Lock hospitals Punjab
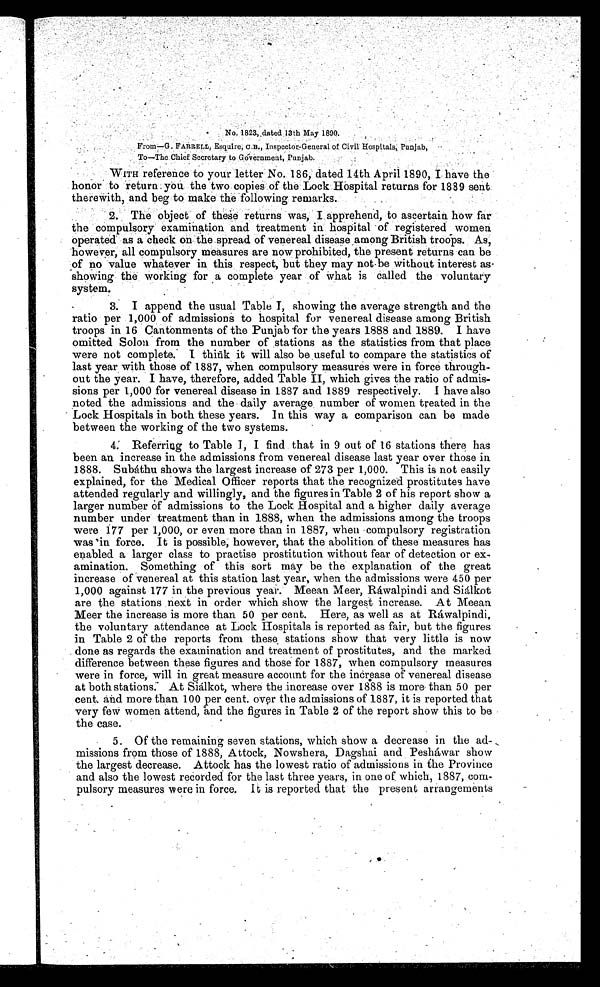
No. 1823, dated 13th May 1890.
From—G. FARRELL, Esquire, C.B., Inspector-General of Civil Hospitals, Punjab,
To—The Chief Secretary to Government, Punjab.
WITH reference to your letter No. 186, dated 14th April 1890, I have the
honor to return you the two copies of the Lock Hospital returns for 1889 sent
therewith, and beg to make the following remarks.
2. The object of these returns was, I apprehend, to ascertain how far
the compulsory examination and treatment in hospital of registered women
operated as a check on the spread of venereal disease among British troops. As,
however, all compulsory measures are now prohibited, the present returns can be
of no value whatever in this respect, but they may not-be without interest as
showing the working for a complete year of what is called the voluntary
system.
3.
I append the usual Table I, showing the average strength and the
ratio per 1,000 of admissions to hospital for venereal disease among British
troops in 16 Cantonments of the Punjab for the years 1888 and 1889. I have
omitted Solon from the number of stations as the statistics from that place
were not cornplete. I think it will also be useful to compare the statistics of
last year with those of 1887, when compulsory measures were in force through-
out the year. I have, therefore, added Table II , which gives the ratio of admis-
sions per 1,000 for venereal disease in 1887 and 1889 respectively. I have also
noted the admissions and the daily average number of women treated in the
Lock Hospitals in both these years. In this way a comparison can be made
between the working of the two systems.
4. Referring to Table I, I find that in 9 out of 16 stations there has
been an increase in the admissions from venereal disease last year over those in
1888. Subáthu shows the largest increase of 273 per 1,000. This is not easily
explained, for the Medical Officer reports that the recognized prostitutes have
attended regularly and willingly, and the figures in Table 2 of his report show a
larger number of admissions to the Lock Hospital and a higher daily average
number under treatment than in 1888, when the admissions among the troops
were 177 per 1,000, or even more than in 1887, when compulsory registration
was in force. It is possible, however, that the abolition of these measures has
enabled a larger class to practise prostitution without fear of detection or ex-
amination. Something of this sort may be the explanation of the great
increase of venereal at this station last year, when the admissions were 450 per
1,000 against 177 in the previous year. Meean Meer, Ráwalpindi and Siálkot
are the stations next in order which show the largest increase. At Meean
Meer the increase is more than 50 per cent. Here, as well as at Ráwalpindi,
the voluntary attendance at Lock Hospitals is reported as fair, but the figures
in Table 2 of the reports from these stations show that very little is now
done as regards the examination and treatment of prostitutes, and the marked
difference between these figures and those for 1887, when compulsory measures
were in force, will in great measure account for the increase of venereal disease
at both stations. At Siálkot, where the increase over 1888 is more than 50 per
cent. and more than 100 per cent. over the admissions of 1887, it is reported that
very few women attend, and the figures in Table 2 of the report show this to be
the case.
5. Of the remaining seven stations, which show a decrease in the ad-
missions from those of 1888, Attock, Nowshera, Dagshai and Pesháwar show
the largest decrease. Attock has the lowest ratio of admissions in the Province
and also the lowest recorded for the last three years, in one of which, 1887, com- -
pulsory measures were in force. It is reported that the present arrangements